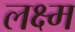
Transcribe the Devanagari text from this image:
लक्ष्म